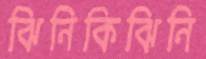
ঝিনিকিঝিনি